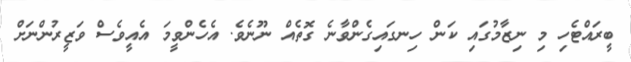
ބީރައްޓެހި މި ނިޒާމުގައި ކަން ހިނގައިގެންވާނެ ގޮތެއް ނޫނެވެ. އެހެންވީމަ އެއީވެސް ވަޒީރުންނަށް